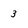
Character: 3